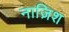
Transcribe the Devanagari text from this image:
नाज़िश